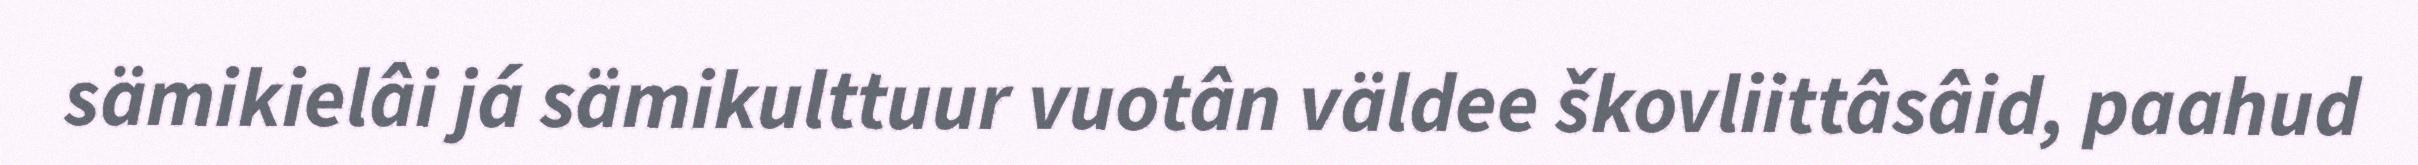
sämikielâi já sämikulttuur vuotân väldee škovliittâsâid, paahud